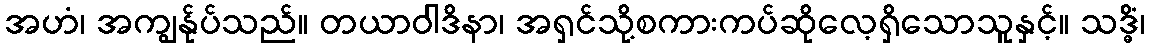
အဟံ၊ အကျွန်ုပ်သည်။ တယာဝါဒိနာ၊ အရှင်သို့စကားကပ်ဆိုလေ့ရှိသောသူနှင့်။ သဒ္ဓိံ၊